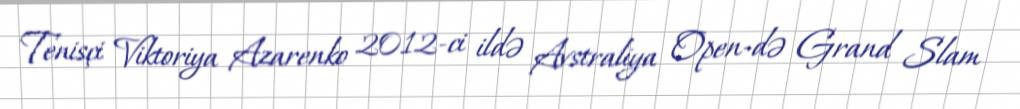
Tenisçi Viktoriya Azarenko 2012-ci ildə Avstraliya Open-də Grand Slam